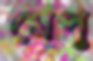
মেপু